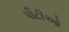
પીટીઓ